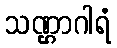
သဏ္ဌာဂါရံ